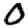
Digit: 0